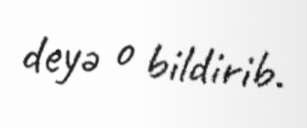
deyə o bildirib.